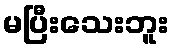
မပြီးသေးဘူး